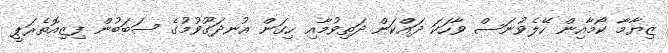
ޒިޔާމާ ކޯމާއިން ހޭލެވުނަސް ވާހަކަ ދައްކަން ދަތިވުމާއި ހިގަން އުނދަގޫވުމުގެ ސަބަބުން ފިޒިއޮތެރަޕީ